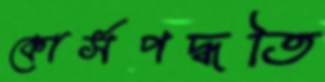
কোর্সপদ্ধতি